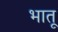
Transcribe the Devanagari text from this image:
भातू